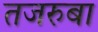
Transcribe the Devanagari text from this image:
तजरुबा